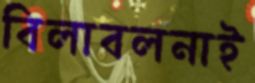
বিলাবলনাই